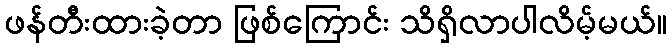
ဖန်တီးထားခဲ့တာ ဖြစ်ကြောင်း သိရှိလာပါလိမ့်မယ်။